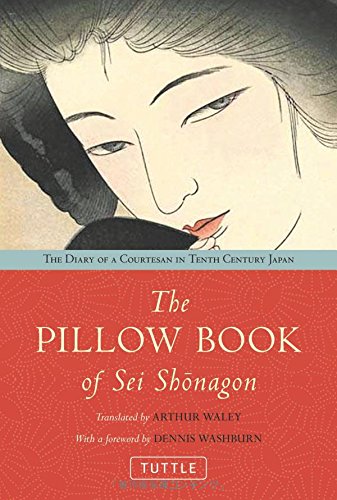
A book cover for The Pillow Book of Sei Shonagon: The Diary of a Courtesan in Tenth Century Japan; Biographies & Memoirs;